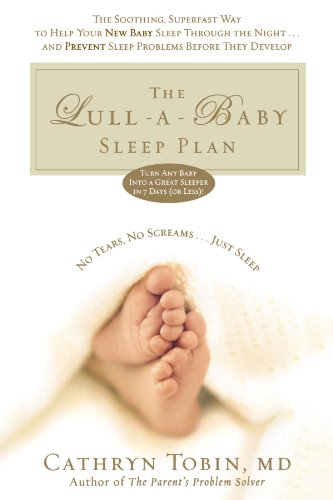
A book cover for The Lull-A-Baby Sleep Plan: The Soothing, Superfast Way to Help Your New Baby Sleep Through the Night...and Prevent Sleep Problems Before They Develop; Cathryn Tobin; Health, Fitness & Dieting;